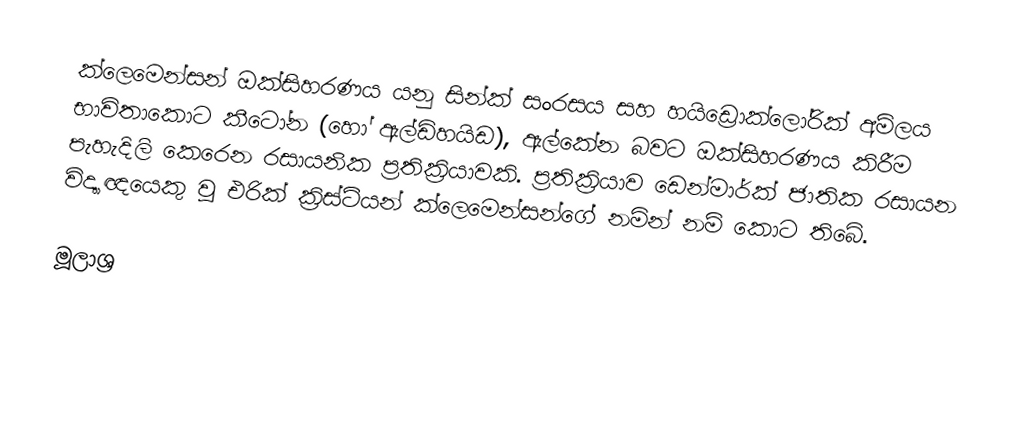
ක්ලෙමෙන්සන් ඔක්සිහරණය යනු සින්ක් සංරසය සහ හයිඩ්‍රොක්ලෝරික් අම්ලය භාවිතාකොට කීටෝන (හෝ ඇල්ඩිහයිඩ), ඇල්කේන බවට ඔක්සිහරණය කිරීම පැහැදිලි කෙරෙන රසායනික ප්‍රතික්‍රියාවකි. ප්‍රතික්‍රියාව ඩෙන්මාර්ක් ජාතික රසායන විද්‍යාඥයෙකු වූ එරික් ක්‍රිස්ටියන් ක්ලෙමෙන්සන්ගේ නමින් නම් කොට තිබේ.

මූලාශ්‍ර